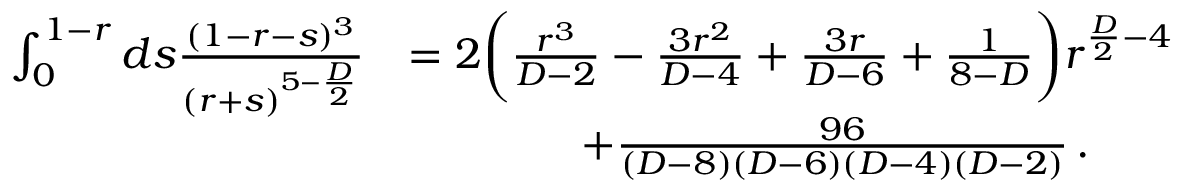
\begin{array} { r l } { \int _ { 0 } ^ { 1 - r } d s \frac { ( 1 - r - s ) ^ { 3 } } { ( r + s ) ^ { 5 - \frac { D } { 2 } } } } & { = 2 \bigg ( \frac { r ^ { 3 } } { D - 2 } - \frac { 3 r ^ { 2 } } { D - 4 } + \frac { 3 r } { D - 6 } + \frac { 1 } { 8 - D } \bigg ) r ^ { \frac { D } { 2 } - 4 } } \\ & { \quad \quad \quad \quad + \frac { 9 6 } { ( D - 8 ) ( D - 6 ) ( D - 4 ) ( D - 2 ) } \, . } \end{array}